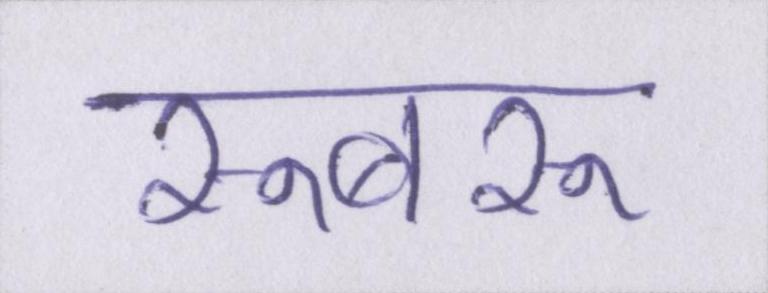
रूबरू